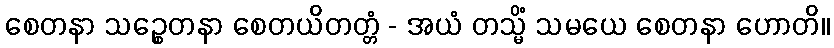
စေတနာ သဉ္စေတနာ စေတယိတတ္တံ - အယံ တသ္မိံ သမယေ စေတနာ ဟောတိ။